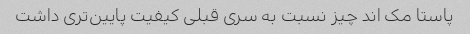
پاستا مک اند چیز نسبت به سری قبلی کیفیت پایین‌تری داشت